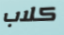
كلاب